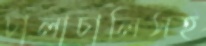
চালাচালিসহ